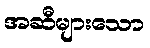
အဆီများသော